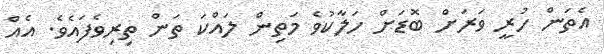
އެތަން ހުރީ ވަރަށް ބޮޑަށް ހަލާކުވެ މަތިން ލައްކަ ތަން ތިރިވެފައެވެ. އެއް